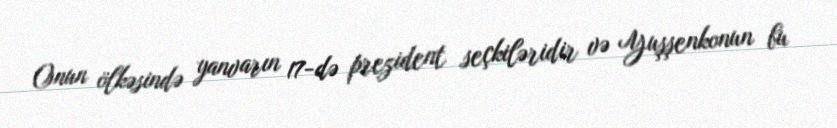
Onun ölkəsində yanvarın 17-də prezident seçkiləridir və Yuşşenkonun bu